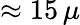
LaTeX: \approx 15\, \mu